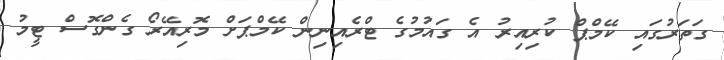
ގަތަރުގައި ކޭމްޕް ކުރިއިރު އެ ގައުމުގެ ޓްރެއިނިން ކޭމްޕަށް މޮރިއޭރޯ ގެންގޮސް ޓީމު